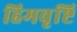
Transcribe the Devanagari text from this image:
हिमवृष्टि